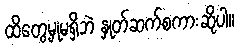
ထိတွေ့မှုမရှိဘဲ နှုတ်ဆက်စကားဆိုပါ။